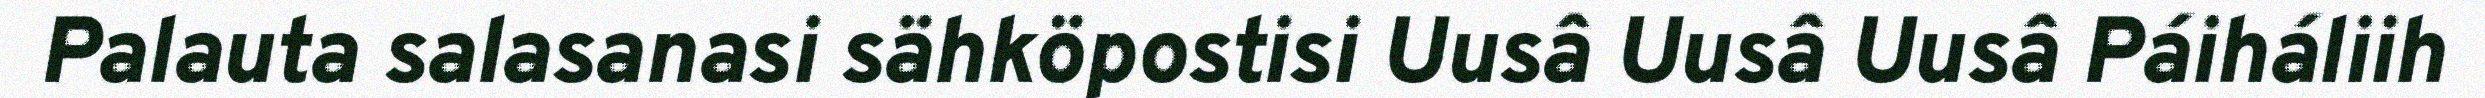
Palauta salasanasi sähköpostisi Uusâ Uusâ Uusâ Páiháliih